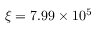
\xi = 7 . 9 9 \times 1 0 ^ { 5 }